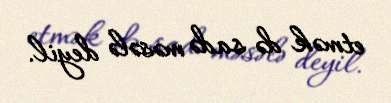
etmək də sadə məsələ deyil.